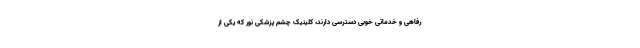
رفاهی و خدماتی خوبی دسترسی دارند، کلینیک چشم پزشکی نور که یکی از